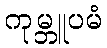
ကုမ္ဘူပမံ